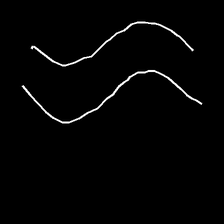
Glyph: float